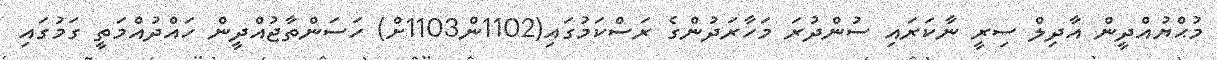
މުޙްޔުއްދީން އާދިލް ސިރީ ނާކަރައި ސުންދުރަ މަހާރަދުންގެ ރަސްކަމުގައި(1102ން1103ށް) ހަސަންތާޖުއްދީން ހައްދުއްމަތީ ގަމުގައި